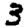
Digit: 3